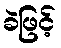
ခဲဖြင့်